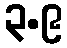
၃.၉